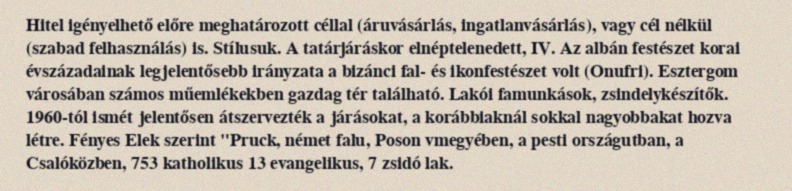
Hitel igényelhető előre meghatározott céllal (áruvásárlás, ingatlanvásárlás), vagy cél nélkül (szabad felhasználás) is. Stílusuk. A tatárjáráskor elnéptelenedett, IV. Az albán festészet korai évszázadainak legjelentősebb irányzata a bizánci fal- és ikonfestészet volt (Onufri). Esztergom városában számos műemlékekben gazdag tér található. Lakói famunkások, zsindelykészítők. 1960-tól ismét jelentősen átszervezték a járásokat, a korábbiaknál sokkal nagyobbakat hozva létre. Fényes Elek szerint "Pruck, német falu, Poson vmegyében, a pesti országutban, a Csalóközben, 753 katholikus 13 evangelikus, 7 zsidó lak.